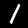
Label: 1